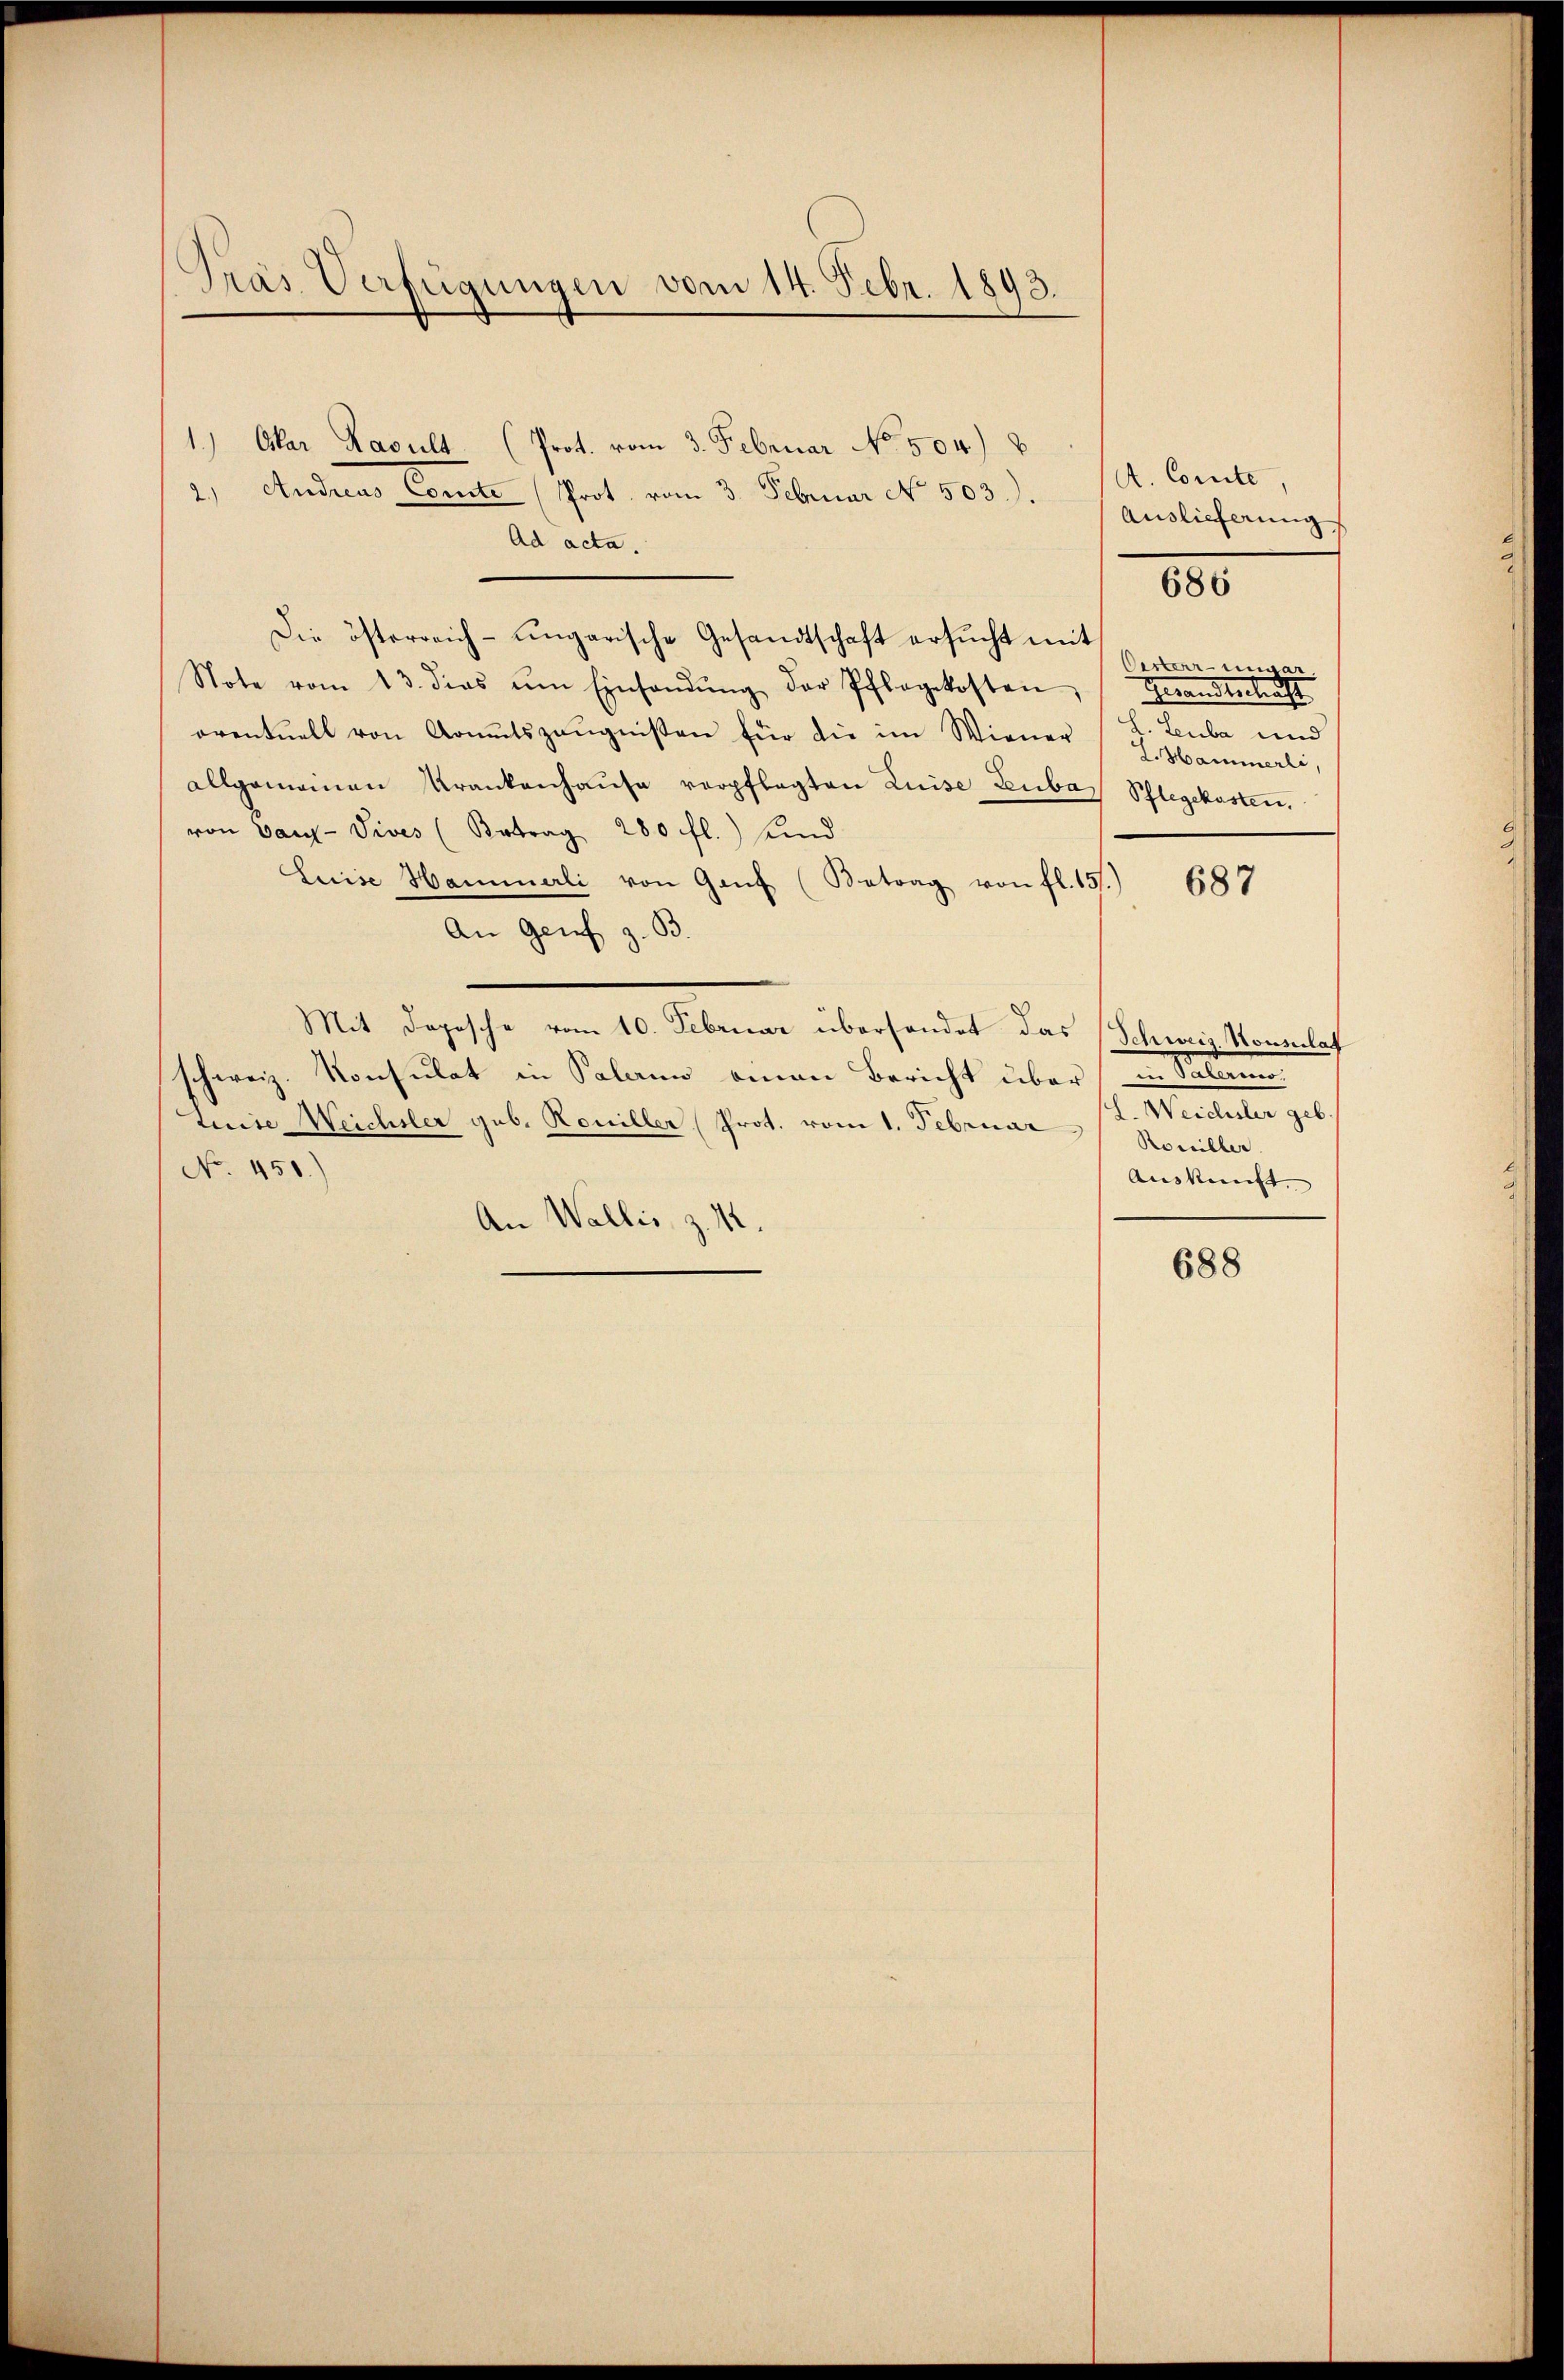
Prás Verfügungen vom 14. Febr. 1893.

1.) Okar Kacult. (Prot. vom 3. Februar No. 504.) B
2.) Andreas Comite (Prot. vom 3. Februar No. 503.).
Ad acta.
Die österreich-ungarische Gesandtschaft ersŭcht mit
Note vom 13. dies um Einsandŭng der Pflegekosten
oventuell von Komutszeugnissen für die im Wiener L. Luba und
allgemeinen Krankenhaŭse verpflegten Luise Zubas Schlegekosten.
von Van-Vives (Artrag 280 fl.) Kind
Luise Hammerli von Gant (Betrag von fl. 151.)
An Genf z. B.
Mit Dopische vom 10. Februar überhandet das (Schweiz. Konsulat
schweiz. Konsulat in Solann einen Bericht über im Solan
Luise Weichsler geb. Honiller Prot. vom 1. Februar
No. 450.
An Wallis, z. 12.

A. Comite,
Auslieferung

686

Verterrenwar
Grandbetracht
L. Hammerli,

687

l. Weichsler geb.
Romiller.
Auskunft.

688